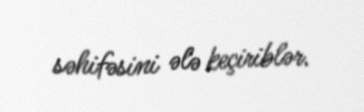
səhifəsini ələ keçiriblər.